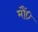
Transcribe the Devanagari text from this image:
मौं०